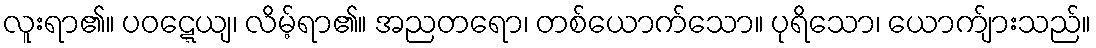
လူးရာ၏။ ပဝဋ္ဋေယျ၊ လိမ့်ရာ၏။ အညတရော၊ တစ်ယောက်သော။ ပုရိသော၊ ယောက်ျားသည်။